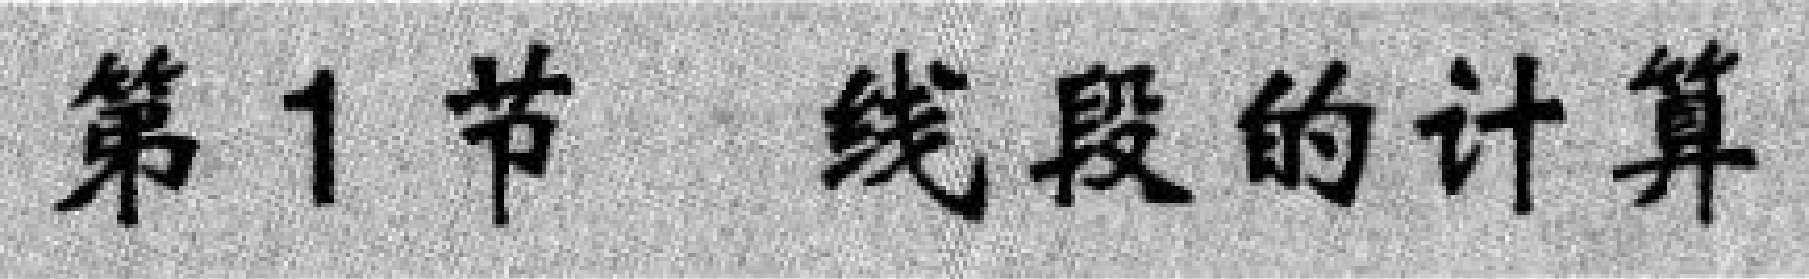
第1节 线段的计算